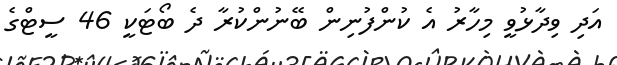
އަދި ވިދާޅުވީ މިހާރު އެ ކުންފުނިން ބޭނުންކުރާ ދެ ބޯޓަކީ 46 ސީޓްގެ